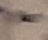
Text: -